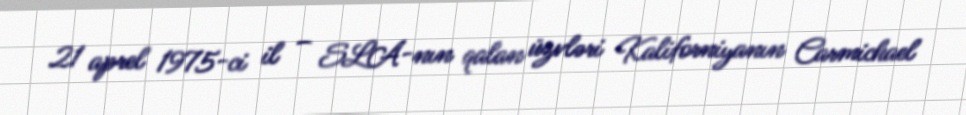
21 aprel 1975-ci il – SLA-nın qalan üzvləri Kaliforniyanın Carmichael